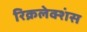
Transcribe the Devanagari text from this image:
रिक्रलेक्शंस